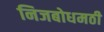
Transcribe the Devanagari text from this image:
निजबोधमठी